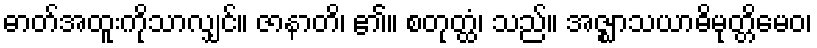
ဓာတ်အထူးကိုသာလျှင်။ ဇာနာတိ၊ ၏။ စတုတ္ထံ၊ သည်။ အဇ္ဈာသယာဓိမုတ္တိမေဝ၊